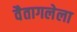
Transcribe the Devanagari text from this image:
वैतागलेला